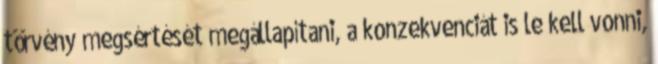
törvény megsértését megállapítani, a konzekvenciát is le kell vonni,